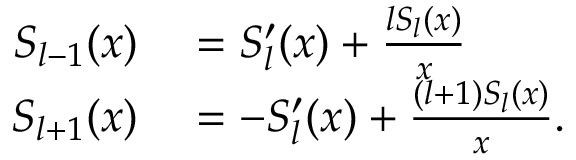
\begin{array} { r l } { S _ { l - 1 } ( x ) } & { { } = S _ { l } ^ { \prime } ( x ) + \frac { l S _ { l } ( x ) } { x } } \\ { S _ { l + 1 } ( x ) } & { { } = - S _ { l } ^ { \prime } ( x ) + \frac { ( l + 1 ) S _ { l } ( x ) } { x } . } \end{array}